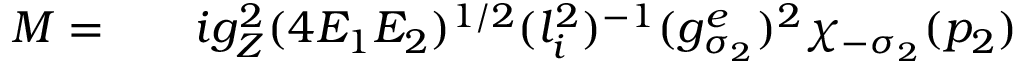
\begin{array} { r l r } { { \cal M } = } & { { } } & { i g _ { Z } ^ { 2 } ( 4 E _ { 1 } E _ { 2 } ) ^ { 1 / 2 } ( l _ { i } ^ { 2 } ) ^ { - 1 } ( g _ { \sigma _ { 2 } } ^ { e } ) ^ { 2 } \chi _ { - \sigma _ { 2 } } ( p _ { 2 } ) } \end{array}